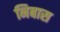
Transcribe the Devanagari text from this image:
निबास